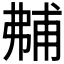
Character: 𰐝